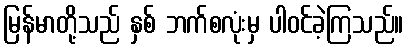
မြန်မာတို့သည် နှစ် ဘက်စလုံးမှ ပါဝင်ခဲ့ကြသည်။